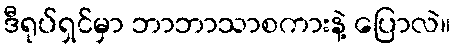
ဒီရုပ်ရှင်မှာ ဘာဘာသာစကားနဲ့ ပြောလဲ။